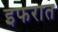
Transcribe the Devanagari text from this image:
इफरात